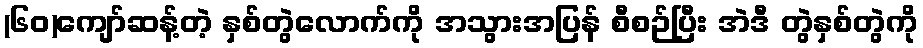
(၆၀)ကျော်ဆန့်တဲ့ နှစ်တွဲလောက်ကို အသွားအပြန် စီစဉ်ပြီး အဲဒီ တွဲနှစ်တွဲကို